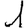
Digit: 1